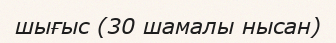
шығыс (30 шамалы нысан)